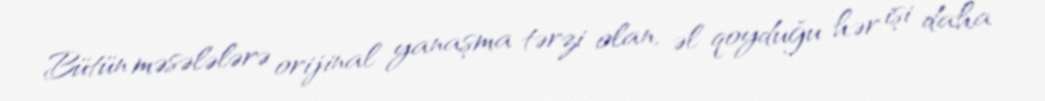
Bütün məsələlərə orijinal yanaşma tərzi olan, əl qoyduğu hər işi daha